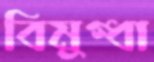
বিমুগ্ধা